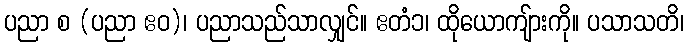
ပညာ စ (ပညာ ဧဝ)၊ ပညာသည်သာလျှင်။ ဧတံ၁၊ ထိုယောကျ်ားကို။ ပသာသတိ၊